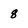
Character: 8